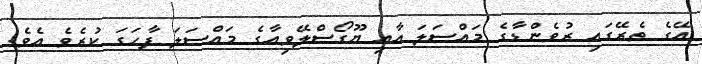
އޭގެ ތެރޭގައި ރުވެންޑާގެ މައްސަލަ އާއި ޔޫގޯސްލޭވިއާގެ މައްސަލަ ފާހަގަ ކުރެވެ އެވެ.